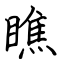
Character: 瞧